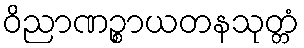
ဝိညာဏဉ္စာယတနသုတ္တံ